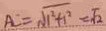
A C = \sqrt { 1 ^ { 2 } + 1 ^ { 2 } } = \sqrt { 2 }